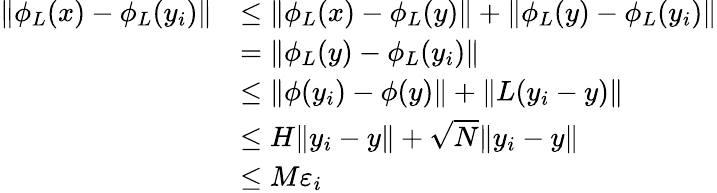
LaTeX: \begin{array}{rl}{\| \phi_{L}(x)-\phi_{L}(y_{i})\| }&{\leq\| \phi_{L}(x)-\phi_{L}(y)\| +\| \phi_{L}(y)-\phi_{L}(y_{i})\| }\\ &{=\| \phi_{L}(y)-\phi_{L}(y_{i})\| }\\ &{\leq\| \phi(y_{i})-\phi(y)\| +\| L(y_{i}-y)\| }\\ &{\leq H\| y_{i}-y\| +\sqrt{N}\| y_{i}-y\| }\\ &{\leq M\varepsilon_{i}}\end{array}